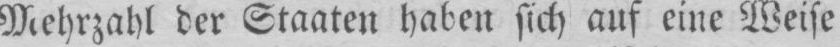
Mehrzahl der Staaten haben sich auf eine Weise